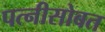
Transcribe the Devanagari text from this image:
पत्नीसोबत